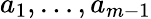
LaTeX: a_{1},\ldots,a_{m-1}